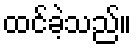
ထင်ခဲ့သည်။